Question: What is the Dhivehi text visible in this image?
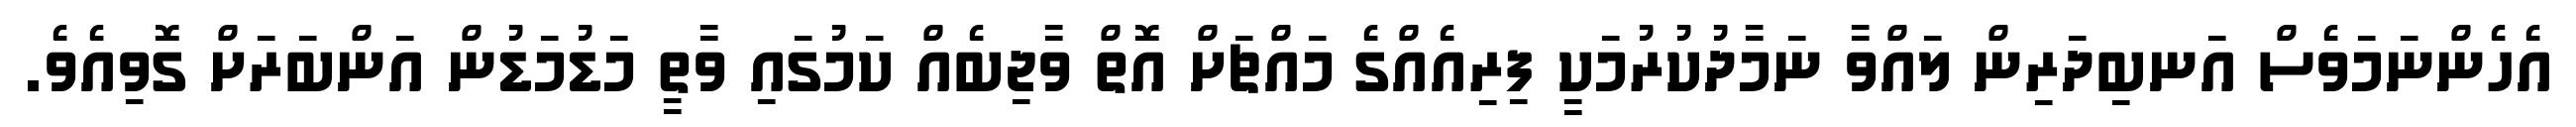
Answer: އެހެންނަމަވެސް އަނބިދަރިން ލައްވާ ނަމާދުކުރުމަކީ ފިރިއެއްގެ މައްޗަށް އޮތް ވާޖިބެއް ކަމުގައި ވާތީ މަޑުމަޑުން އަންބަރަށް ގޮވިއެވެ.